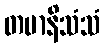
တမာနိသံသံ